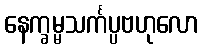
နေက္ခမ္မသင်္ကပ္ပဗဟုလော